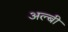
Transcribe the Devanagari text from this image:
अल्बी